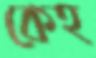
কেহ